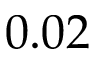
0 . 0 2